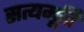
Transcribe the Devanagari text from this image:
सत्यमूर्ति